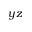
y z